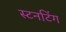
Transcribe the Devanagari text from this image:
स्टनटिंग